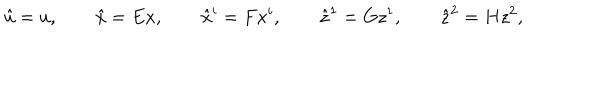
LaTeX: \hat { u } = u , \qquad \hat { x } = E x , \qquad \hat { x } ^ { i } = F x ^ { i } , \qquad \hat { z } ^ { 1 } = G z ^ { 1 } , \qquad \hat { z } ^ { 2 } = H z ^ { 2 } ,